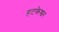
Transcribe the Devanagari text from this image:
हटकेश्वर